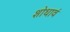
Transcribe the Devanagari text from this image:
शोधावं